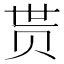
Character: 贳